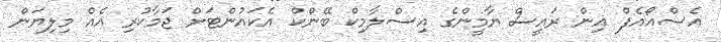
އެސްއޯއެފް އިން ރައީސް ޔާމީންގެ އިސްލާމިކް ބޭންކް އެކައުންޓަށް ޖަމާކުރި އެއް މިލިޔަން